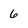
Character: 6